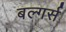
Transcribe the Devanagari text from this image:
बल्गर्स